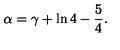
\alpha = \gamma + \ln 4 - \frac { 5 } { 4 } { . }